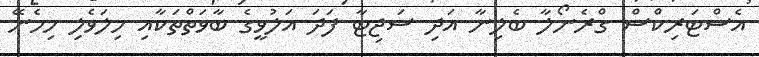
އެސްޓަރިކްސް ގްރެނޯލާ ބެލިނާ އަދި ސަޖިޓާ ފަދަ އަލުވީގެ ބާވަތްތަކާއި ހިލަވެލި ހިމެނޭ